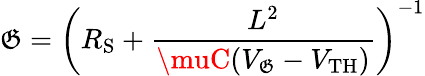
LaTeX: \mathfrak{G}=\left(R_{\mathrm{S}}+\frac{{L^{2}}}{{\muC(V_{\mathrm{\mathfrak{G}}}-V_{\mathrm{{TH}}})}}\right)^{-1}